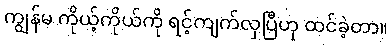
ကျွန်မ ကိုယ့်ကိုယ်ကို ရင့်ကျက်လှပြီဟု ထင်ခဲ့တာ။